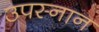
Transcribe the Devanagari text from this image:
उपस्नान